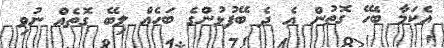
އެކަމާ ބެހޭ ގޮތުން އެ ދެ ބޭފުޅުންގެ ބަހެއް ލިބޭ ގޮތެއް ނުވި